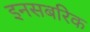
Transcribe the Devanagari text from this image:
इनसबरिक